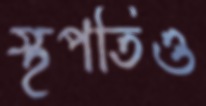
স্থপতিও